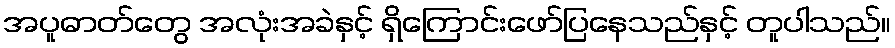
အပူဓာတ်တွေ အလုံးအခဲနှင့် ရှိကြောင်းဖော်ပြနေသည်နှင့် တူပါသည်။